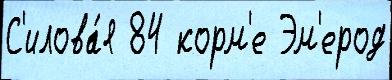
С'илова́я 84 корм'е Эм'ерод